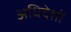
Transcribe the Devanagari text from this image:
अधिदेशों